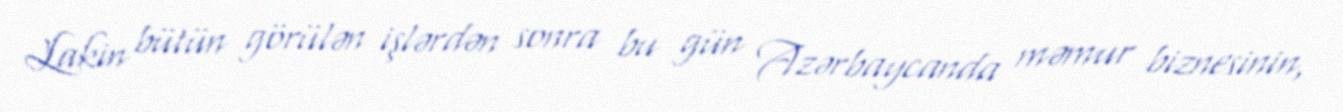
Lakin bütün görülən işlərdən sonra bu gün Azərbaycanda məmur biznesinin,